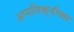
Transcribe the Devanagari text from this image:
अप्पलिक़्यीक्स